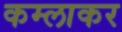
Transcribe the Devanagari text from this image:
कम्लाकर